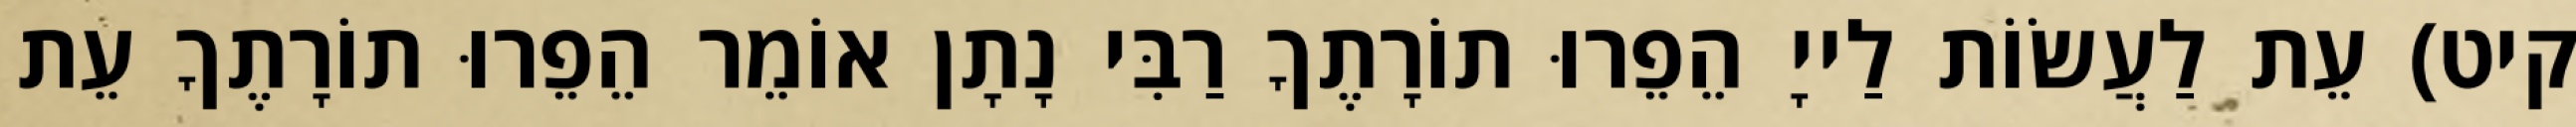
קיט) עֵת לַעֲשׂוֹת לַייָ הֵפֵרוּ תוֹרָתֶךָ רַבִּי נָתָן אוֹמֵר הֵפֵרוּ תוֹרָתֶךָ עֵת